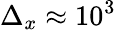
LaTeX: \Delta_{x}\approx 10^{3}